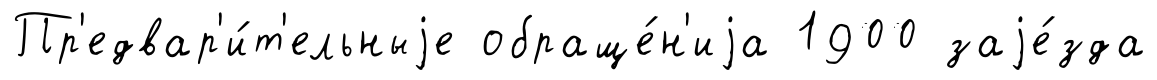
Пр'едвар'и́т'ельныjе обраще́н'иjа 1900 заjе́зда